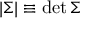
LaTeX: | { \boldsymbol { \Sigma } } | \equiv \operatorname* { d e t } { \boldsymbol { \Sigma } }